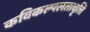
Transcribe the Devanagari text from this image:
कविकल्पलतावृत्ति